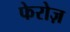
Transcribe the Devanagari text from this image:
फेरोज़